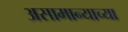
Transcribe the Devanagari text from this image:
असामान्याच्या